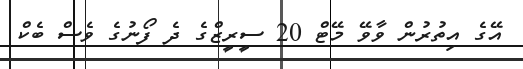
އޭގެ އިތުރުން ވާވޭ މޭޓް 20 ސީރީޒްގެ ދެ ފޯނުގެ ވެސް ބެކް